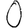
Digit: 0